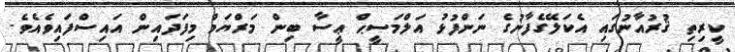
ކީރިތި ޤުރުއާނުގައި އެކަލޭގެފާނުގެ ނަންފުޅު އަލްމަސީޙް ޢީސާ ބިން މަރްޔަމް މިފަދައިން އައިސްފައިވެއެވެ.